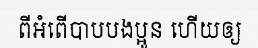
ពីអំពើបាបបងប្អូន ហើយឲ្យ